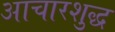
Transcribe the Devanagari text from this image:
आचारशुद्ध